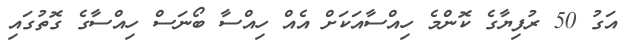
އަގު 50 ރުފިޔާގެ ކޮންމެ ހިއްސާއަކަށް އެއް ހިއްސާ ބޯނަސް ހިއްސާގެ ގޮތުގައި